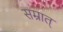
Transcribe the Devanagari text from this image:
सम्रात्